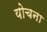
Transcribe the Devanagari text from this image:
योचना